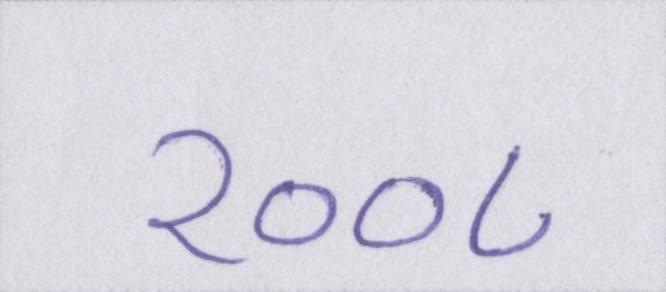
२००८